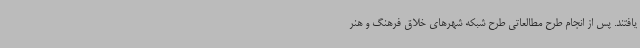
یافتند. پس از انجام طرح مطالعاتی طرح شبکه شهرهای خلاق فرهنگ و هنر